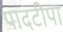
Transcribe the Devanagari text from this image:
पादटीपा